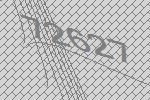
72627